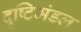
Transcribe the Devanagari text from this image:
दृष्टिमंडल